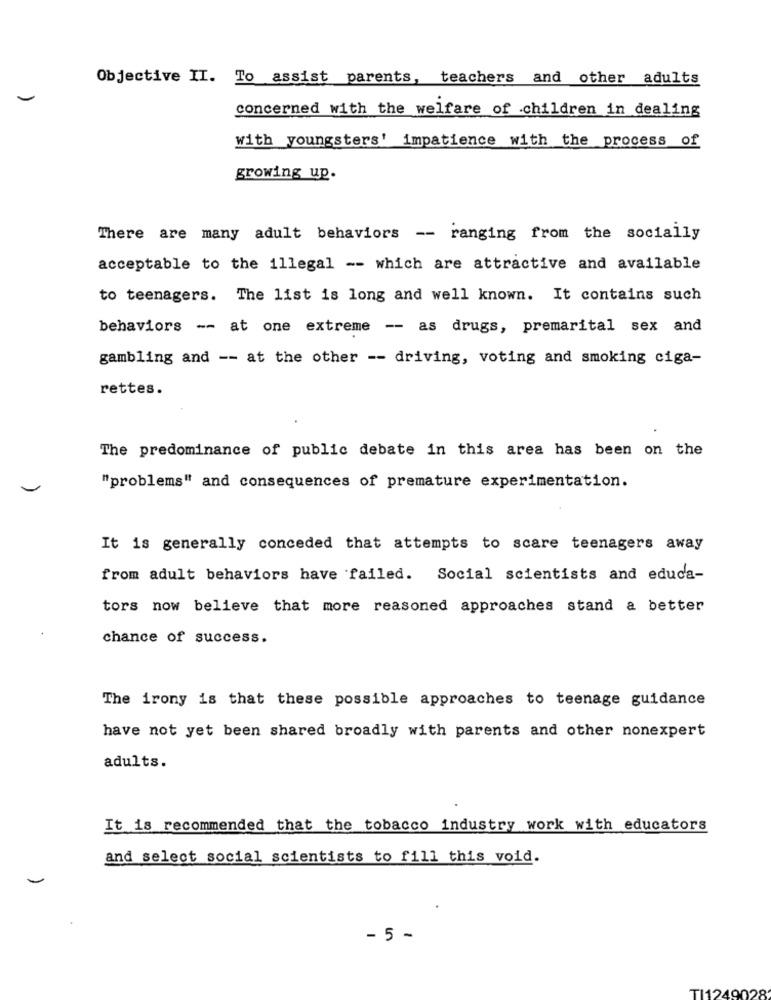
Objective II. To assist parents, teachers and other adults
concerned with the welfare of children in dealing
with youngsters' impatience with the process of
growing up.
There are many adult behaviors -- ranging from the socially
acceptable to the illegal -- which are attractive and available
to teenagers. The list is long and well known. It contains such
behaviors -- at one extreme -- as drugs, premarital sex and
gambling and -- at the other -- driving, voting and smoking ciga-
rettes.
The predominance of public debate in this area has been on the
"problems" and consequences of premature experimentation.
It is generally conceded that attempts to scare teenagers away
from adult behaviors have failed. Social scientists and educa-
tors now believe that more reasoned approaches stand a better
chance of success.
The irony is that these possible approaches to teenage guidance
have not yet been shared broadly with parents and other nonexpert
adults.
It is recommended that the tobacco industry work with educators
and select social scientists to fill this void.
- 5 -
TI1249028